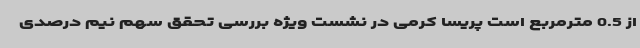
از 0.5 مترمربع است پریسا کرمی در نشست ویژه بررسی تحقق سهم نیم درصدی